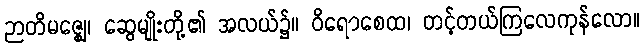
ဉာတိမဇ္ဈေ၊ ဆွေမျိုးတို့၏ အလယ်၌။ ဝိရောစေထ၊ တင့်တယ်ကြလေကုန်လော။